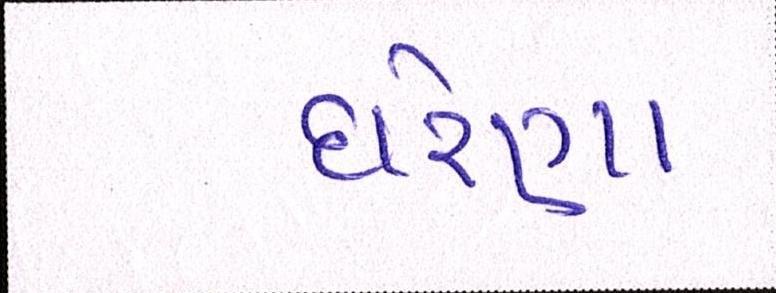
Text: ઘરેણા